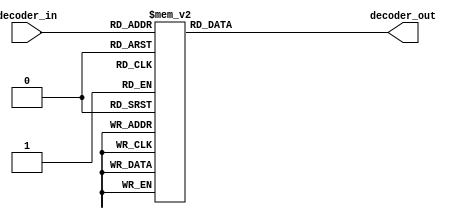

// Seven Segment Decoder
//   Takes a 5 bit input and converts it into decimal. Then using a 7 segment
//   LED display, it will display the corresponding number 0-9.
//   If the binary number is above 9 (ie. 10-15) then the diplay will show a letter
//   'A-F' to represent the number.
//   Another thing to note, our seven segment display uses a 1 as off and 0 as on.
// Uses 10000 as a blank screen
module sevenSegDecoder (
  //inputs
  decoder_in,
  //outputs
  decoder_out);
  
  input [4:0] decoder_in;
  output [6:0] decoder_out;
  reg [6:0] decoder_out;

  always @ (decoder_in)
    begin
      case(decoder_in)
	//0
        4'b0000 :  decoder_out = 7'b1000000;

	//1
        4'b0001 :  decoder_out = 7'b1111001;

	//2
        4'b0010 :  decoder_out = 7'b0100100;

	//3
        4'b0011 :  decoder_out = 7'b0110000;

	//4
        4'b0100 :  decoder_out = 7'b0011001;

	//5
        4'b0101 :  decoder_out = 7'b0010010;

	//6   
        4'b0110 :  decoder_out = 7'b0000010;

	//7
        4'b0111 :  decoder_out = 7'b1111000;

	//8
        4'b1000 :  decoder_out = 7'b0000000;

	//9
        4'b1001 :  decoder_out = 7'b0011000;
		
	//10 = a
        4'b1010 :  decoder_out = 7'b0100000;
		
	//11 = b
        4'b1011 :  decoder_out = 7'b0000011;
		
	//12 = c
        4'b1100 :  decoder_out = 7'b0100111;
		
	//13 = d
        4'b1101 :  decoder_out = 7'b0100001;
		
	//14 = e
        4'b1110 :  decoder_out = 7'b0000110;
		
	//15 = f
        4'b1111 :  decoder_out = 7'b0001110;
        
        5'b10000 :  decoder_out = 7'b1111111;

	//set default
        default : decoder_out = 7'b1111111;
          
      endcase
    end
endmodule